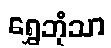
ရွှေဘုံသာ